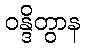
ဝန္ဒိတွာန